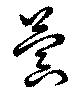
蓂